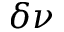
\delta \nu